Report on vaccination in the Province of Bengal - 1869-1873
Year: 1869
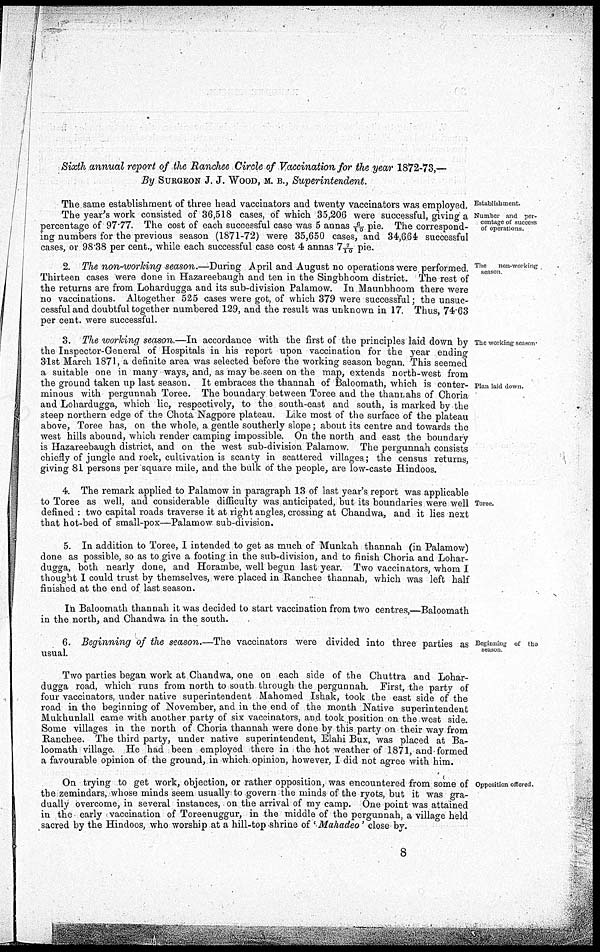
Sixth annual report of the Ranchee Circle of Vaccination for the year 1872-73,—
By SURGEON J. J. WOOD, M. B., Superintendent.
Establishment.
Number and per-
centage of success
of operations.
The same establishment of three head vaccinators and twenty vaccinators was employed.
The year's work consisted of 36,518 cases, of which 35,206 were successful, giving a
percentage of 97.77. The cost of each successful case was 5 annas 6/10 pie. The correspond-
ing numbers for the previous season (1871-72) were 35,650 cases, and 34,664 successful
cases, or 98.38 per cent., while each successful case cost 4 annas 7 7/10 pie.
The
non-working
season
2. The non-working season.—During April and August no operations were performed.
Thirteen cases were done in Hazareebaugh and ten in the Singbhoom district. The rest of
the returns are from Lohardugga and its sub-division Palamow. In Maunbhoom there were
no vaccinations. Altogether 525 cases were got, of which 379 were successful; the unsuc-
cessful and doubtful together numbered 129, and the result was unknown in 17. Thus, 74.63
per cent. were successful.
The working season
Plan lard down.
3. The working season.—In accordance with the first of the principles laid down by
the Inspector-General of Hospitals in his report upon vaccination for the year ending
31st March 1871, a definite area was selected before the working season began. This seemed
a suitable one in many ways, and, as may be seen on the map, extends north-west from
the ground taken up last season. It embraces the thannah of Baloomath, which is conter-
minous with pergunnah Toree. The boundary between Toree and the thannahs of Choria
and Lohardugga, which lie, respectively, to the south-east and south, is marked by the
steep northern edge of the Chota Nagpore plateau. Like most of the surface of the plateau
above, Toree has, on the whole, a gentle southerly slope; about its centre and towards the
west hills abound, which render camping impossible. On the north and east the boundary
is Hazareebaugh district, and on the west sub-division Palamow. The pergunnah consists
chiefly of jungle and rock, cultivation is scanty in scattered villages; the census returns,
giving 81 persons per square mile, and the bulk of the people, are low-caste Hindoos.
Toree.
4. The remark applied to Palamow in paragraph 13 of last year's report was applicable
to Toree as well, and considerable difficulty was anticipated, but its boundaries were well
defined : two capital roads traverse it at right angles, crossing at Chandwa, and it lies next
that hot-bed of small-pox—Palamow sub-division.
5. In addition to Toree, I intended to get as much of Munkah thannah (in Palamow)
done as possible, so as to give a footing in the sub-division, and to finish Choria and Lohar-
dugga, both nearly done, and Horambe, well begun last year. Two vaccinators, whom I
thought I could trust by themselves, were placed in Ranchee thannah, which was left half
finished at the end of last season.
In Baloomath thannah it was decided to start vaccination from two centres,—Baloomath
in the north, and Chandwa in the south.
Beginning of the
season
6. Beginning of the season.—The vaccinators were divided into three parties as
usual.
Two parties began work at Chandwa, one on each side of the Chuttra and Lohar-
dugga road, which runs from north to south through the pergunnah. First, the party of
four vaccinators, under native superintendent Mahomed Ishak, took the east side of the
road in the beginning of November, and in the end of the month Native superintendent
Mukhunlall came with another party of six vaccinators, and took position on the west side.
Some villages in the north of Choria thannah were done by this party on their way from
Ranchee. The third party, under native superintendent, Elahi Bux, was placed at Ba-
loomath village. He had been employed there in the hot weather of 1871, and formed
a favourable opinion of the ground, in which opinion, however, I did not agree with him.
Opposition offered.
On trying to get work, objection, or rather opposition, was encountered from some of
the zemindars, whose minds seem usually to govern the minds of the ryots, but it was gra-
dually overcome, in several instances, on the arrival of my camp. One point was attained
in the early vaccination of Toreenuggur, in the middle of the pergunnah, a village held
sacred by the Hindoos, who worship at a hill-top shrine of 'Mahadeo' close by.
8